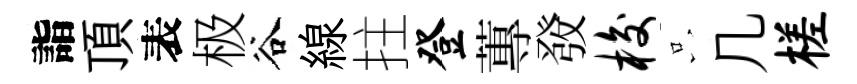
詣頂表极谷線拄登蓴𤼲梭只几槎